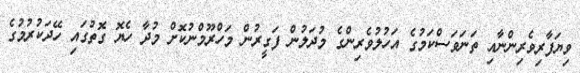
ވިޔަފާރިވެރިންނާއި ތަނަވަސްކަމުގެ އަހުލުވެރިންގެ މުދަލުން ފަގީރުން މަހްރޫމްނުކޮށް މުދާ ހެޔޮ ގޮތުގައި ހޭދަކުރުމުގެ